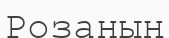
Розаның